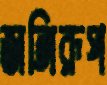
জঙ্গিরূপ